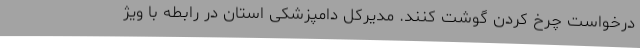
درخواست چرخ کردن گوشت کنند. مدیرکل دامپزشکی استان در رابطه با ویژ